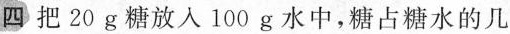
四 把20g糖放入100g水中，糖站糖水的几